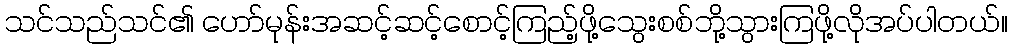
သင်သည်သင်၏ ဟော်မုန်းအဆင့်ဆင့်စောင့်ကြည့်ဖို့သွေးစစ်ဘို့သွားကြဖို့လိုအပ်ပါတယ်။